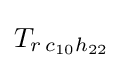
T_{r\,c_{10}h_{22}}